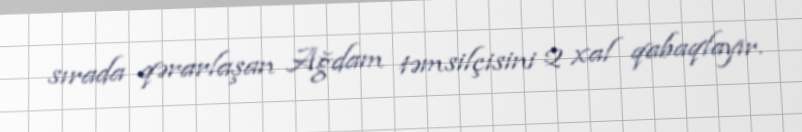
sırada qərarlaşan Ağdam təmsilçisini 2 xal qabaqlayır.